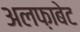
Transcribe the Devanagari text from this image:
अलफ़ाबेट